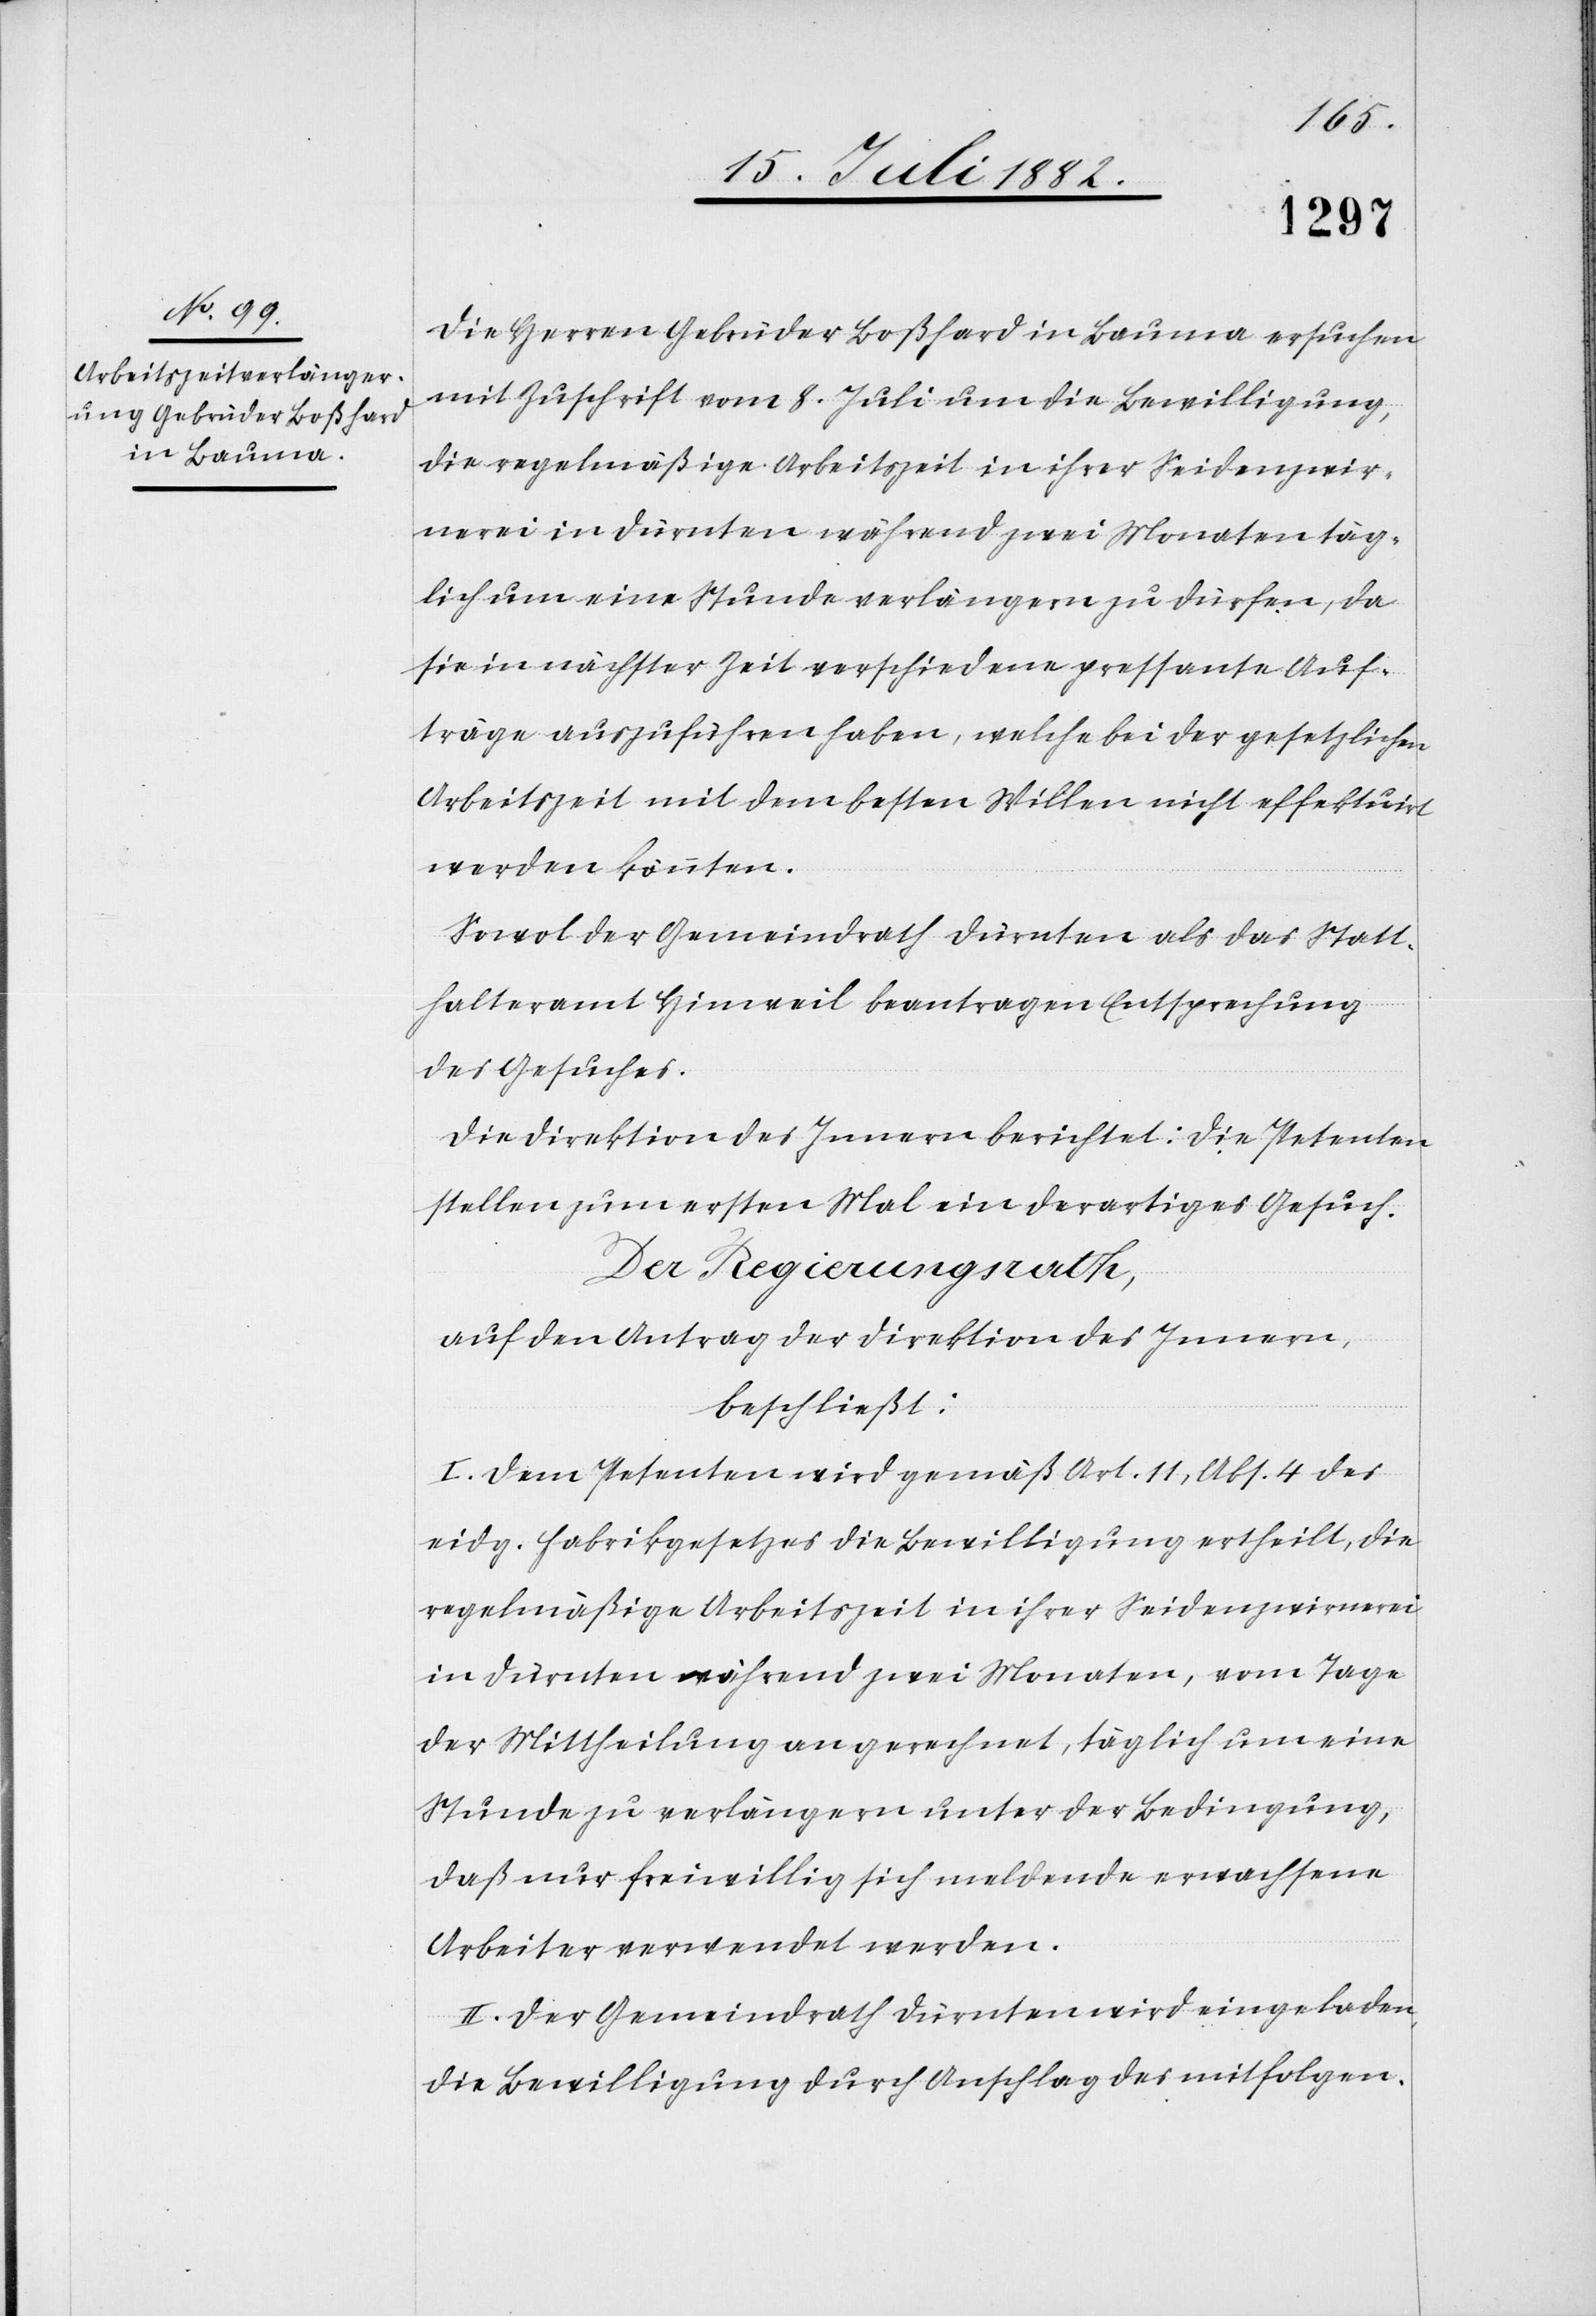
Die Herren Gebrüder Boßhard in Bauma ersuchen
mit Zuschrift vom 8. Juli um die Bewilligung,
die regelmäßige Arbeitszeit in ihrer Seidenzwir¬
rnerei in Dürnten während zwei Monaten täg¬
lich um eine Stunde verlängern zu dürfen, da
sie in nächster Zeit verschiedene pressante Auf¬
träge auszuführen haben, welche bei der gesetzlichen
Arbeitszeit mit dem besten Willen nicht effektuirt
werden könnten.
Sowol der Gemeindrath Dürnten als das Statt¬
halteramt Hinweil beantragen Entsprechung
des Gesuches.
Die Direktion des Innern berichtet: Die Petenten
stellen zum ersten Mal ein derartiges Gesuch.
Der Regierungsrath,
auf den Antrag der Direktion des Innern,
beschließt:
I. Dem Petenten wird gemäß Art. 11, Abs. 4 des
eidg. Fabrikgesetzes die Bewilligung ertheilt, die
regelmäßige Arbeitszeit in ihrer Seidenzwirrnerei
in Dürnten während zwei Monaten, vom Tage
der Mittheilung an gerechnet, täglich um eine
Stunde zu verlängern unter der Bedingung,
daß nur freiwillig sich meldende erwachsene
Arbeiter verwendet werden.
II. Der Gemeindrath Dürnten wird eingeladen,
die Bewilligung durch Anschlag des mitfolgen-